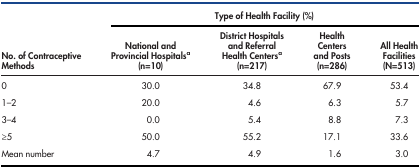
| <ROWSPAN=2> No. of Contraceptive Methods | <COLSPAN=4> Type of Health Facility (%) |
 | National and Provincial Hospitalsa(n=10) | District Hospitals and Referral Health Centersa (n=217) | Health Centers and Posts (n=286) | All Health Facilities(N=513) |
 | --- | --- | --- | --- | --- |
 | 0 | 30.0 | 34.8 | 67.9 | 53.4 |
 | 1–2 | 20.0 | 4.6 | 6.3 | 5.7 |
 | 3–4 | 0.0 | 5.4 | 8.8 | 7.3 |
 | ≥5 | 50.0 | 55.2 | 17.1 | 33.6 |
 | Mean number | 4.7 | 4.9 | 1.6 | 3.0 |